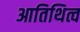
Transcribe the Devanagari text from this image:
आतिथित्व